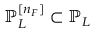
\mathbb { P } _ { L } ^ { [ n _ { F } ] } \subset \mathbb { P } _ { L }